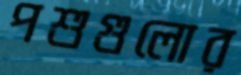
পশুগুলোর